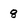
Character: 8